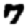
Digit: 7